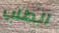
الطلب